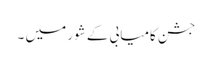
جشن کامیابی کے شور میں ۔